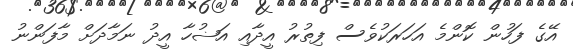
އޭގެ ފަހުން ކޮންމެ އަހަރަކުވެސް ފިތުރު އީދާއި އަޟުހާ އީދު ނަމާދަށް މާފަންނު